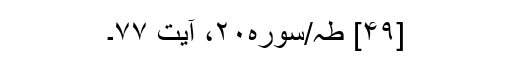
[۴۹] طہ/سوره۲۰، آیت ۷۷۔